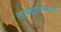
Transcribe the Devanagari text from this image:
खाण्यापिण्याचंही